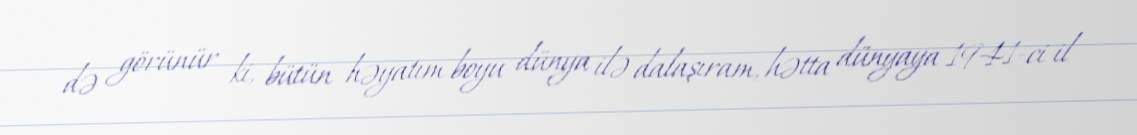
də görünür ki, bütün həyatım boyu dünya ilə dalaşıram, hətta dünyaya 1941-ci il